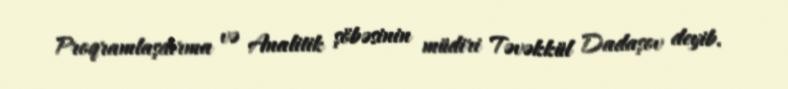
Proqramlaşdırma və Analitik şöbəsinin müdiri Təvəkkül Dadaşov deyib.